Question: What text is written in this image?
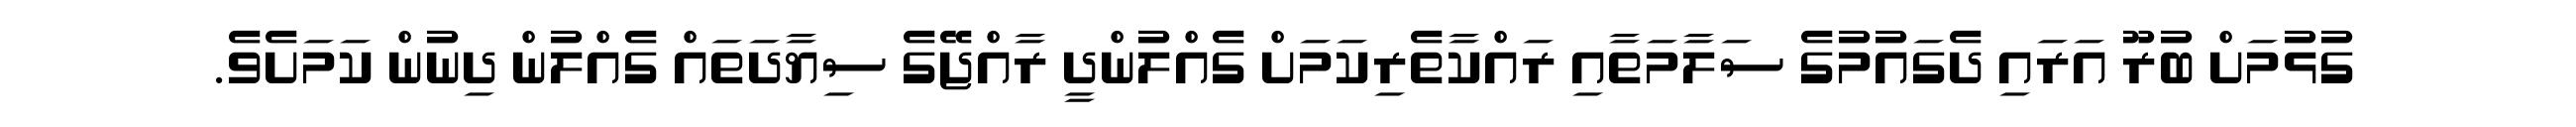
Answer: ގުޅުމަށް ބުރޫ އަރައި ދެގައުމުގެ ސަލާމަތާއި ރައްކާތެރިކަމަށް ގެއްލުންދީ ރާއްޖޭގެ ސިޔާދަތައް ގެއްލުން ދިނުން ކަމަށެވެ.